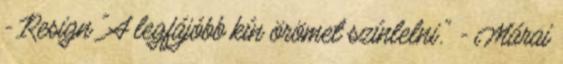
- Resign "A legfájóbb kín örömet színlelni." - Márai